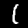
Label: 1